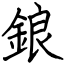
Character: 鋃